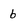
Character: b